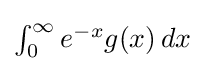
{\textstyle \int _{0}^{\infty }e^{-x}g(x)\,dx}